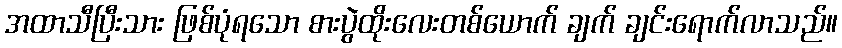
အထာသီပြီးသား ဖြစ်ပုံရသော စားပွဲထိုးလေးတစ်ယောက် ချက် ချင်းရောက်လာသည်။